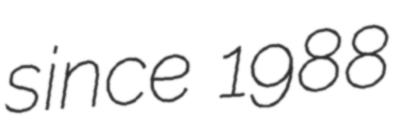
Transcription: since 1988